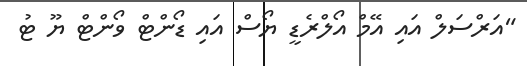
"އަރްސަލް އައި އޭމް އޯލްރެޑީ ޔޯސް އައި ޑޯންޓް ވޯންޓް ޔޫ ޓު